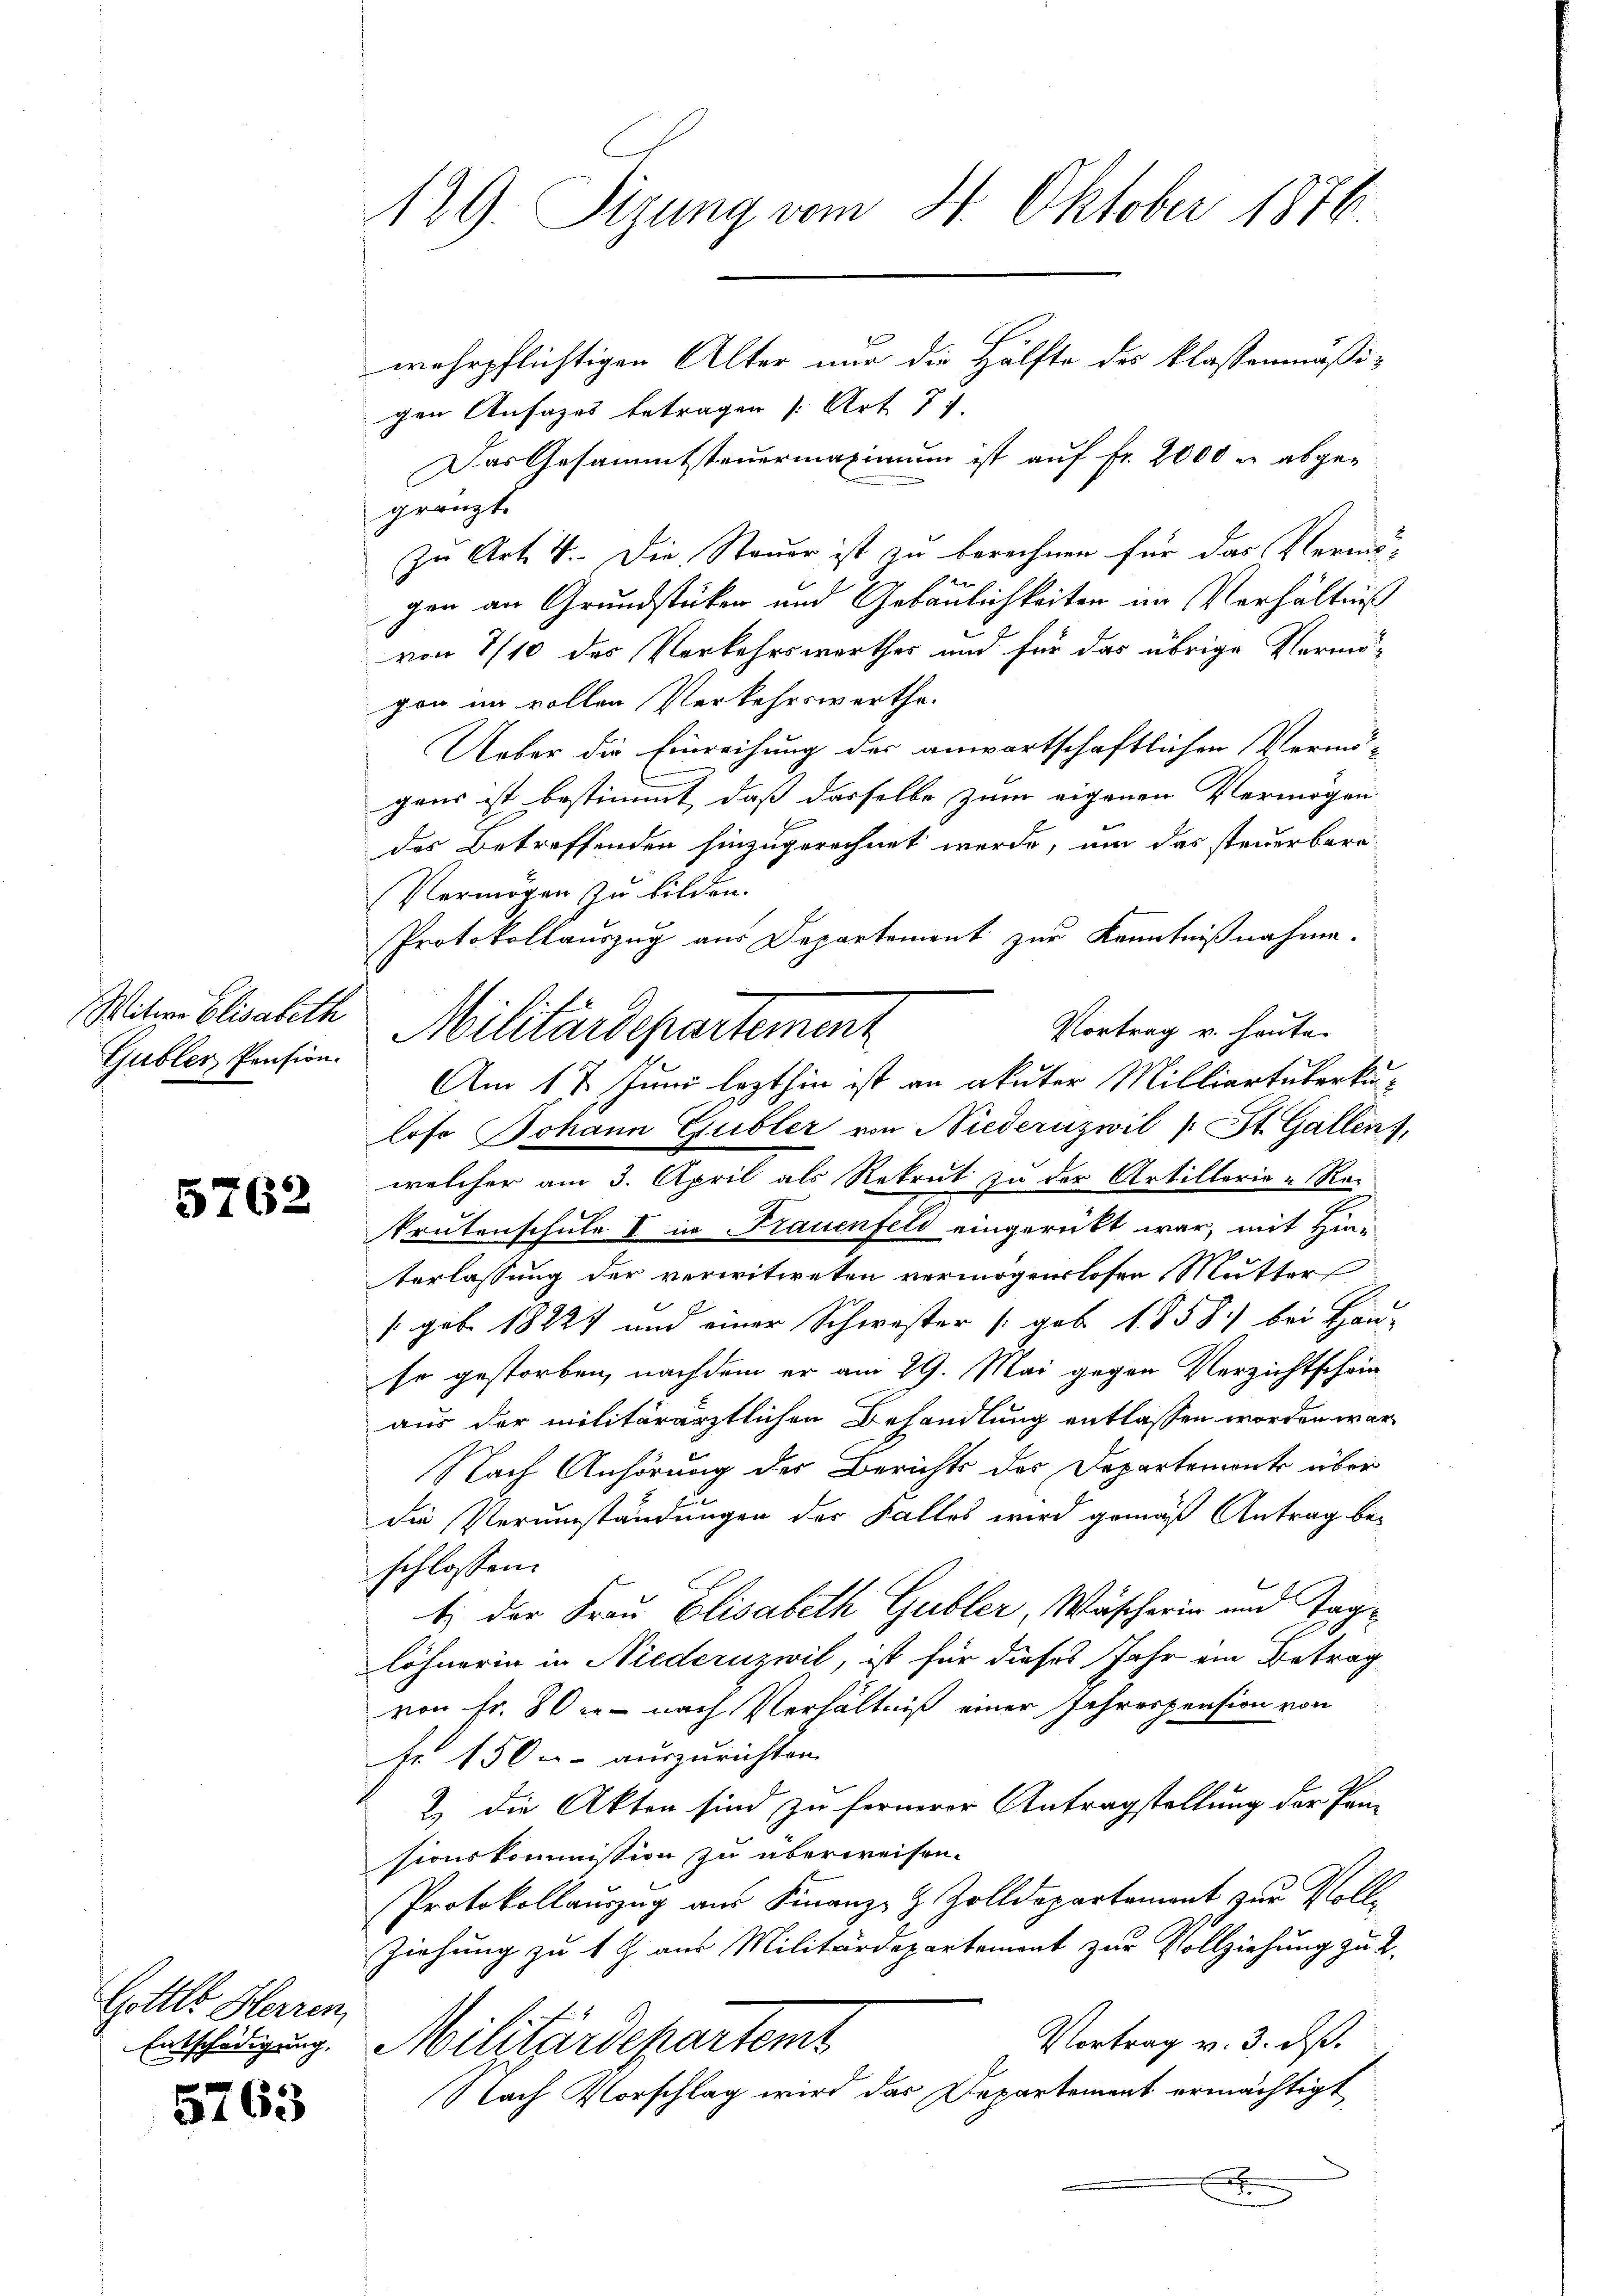
Gubler Pension.

5762

Gottes Herren
Entschädigung.

5763

129. Sizung vom 8. Oktober 1876.
wehrpflichtigen Alter nur die Hälfte des klassenmäßi¬

gen Ansages betragen [Art. 77.
Das Gesammtsteuermaximum ist auf Fr. 2000 er abgegränzt.
zu Art. 4. Die Steuer ist zu berechnen für das Vermögen an Grundstücken und Gebäulichkeiten im Verhältniß
von 1/10 des Verkehrswerthes und für das übrige Vermögen im vollen Verkehrswerthe
Ueber die Einreihung der anwartschaftlichen Vermögens ist bestimmt, daß dasselbe zum eigenen Vermögen
des Betreffenden hinzugerechnet werde, um das steuerbare
Vermögen zu bilden.
Protokollauszug aus Departement zur Kenntnißnahme.
Vortrag u. heute.
loso Johann Gubler von Niederuzwil (St. Gallen,
welcher am 3. April als Rekrut zu der Artillerie-Re-
krutenschule I in Frauenfeld eingerückt war, mit Hinberlassung der verwitweten vermögenslosen Mutters
/. geb. 1822 und einer Schwester (geb. 1858) bei Han-
se gestorben, nachdem er am 29. Mai gegen Verzichtschein
aus der militärärztlichen Behandlung entlassen worden war
Nach Anhörung des Berichts des Departement über
die Verumständungen der Falles wird gemäß Antrag be-
schlossen:
t) der Frau Elisabeth Gubler, Wäscherin und Taglöhnerin in Niederuzwil, ist für dieses Jahr ein Betrag
von Fr. 50 r. nach Verhältniß einer Jahrespension von
fe 150.- auszurichten.
2) die Akten sind zu fernerer Antragstellung der Pan
sionskommission zu überweisen.
Protokollaŭszŭg aŭs Finanz- & Zolldepartement zŭr Voll-
Ziehung zu 1 J. aus Militärdepartement zur Vollziehung zu 2.
Vortrag v. 3. ds.
Militärdepartent
Nach Vorschlag wird das Departement ermächtigt
a

Mit Elisabeth Militärdepartemenz
Am 17. Juni lezthin ist an akuter Milliartüberku-